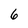
Character: 6